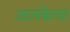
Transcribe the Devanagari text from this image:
अलकेचा